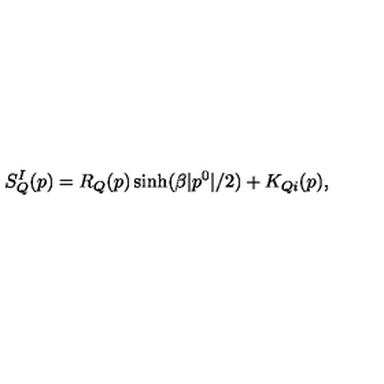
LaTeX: S _ { Q } ^ { I } ( p ) = R _ { Q } ( p ) \sinh ( \beta | p ^ { 0 } | / 2 ) + K _ { Q i } ( p ) ,